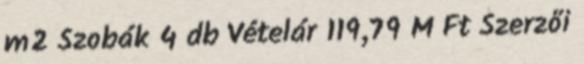
m2 Szobák 4 db Vételár 119,79 M Ft Szerzői